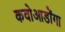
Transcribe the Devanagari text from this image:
कवोआडोंगा